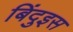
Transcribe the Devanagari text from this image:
बिंदुइस